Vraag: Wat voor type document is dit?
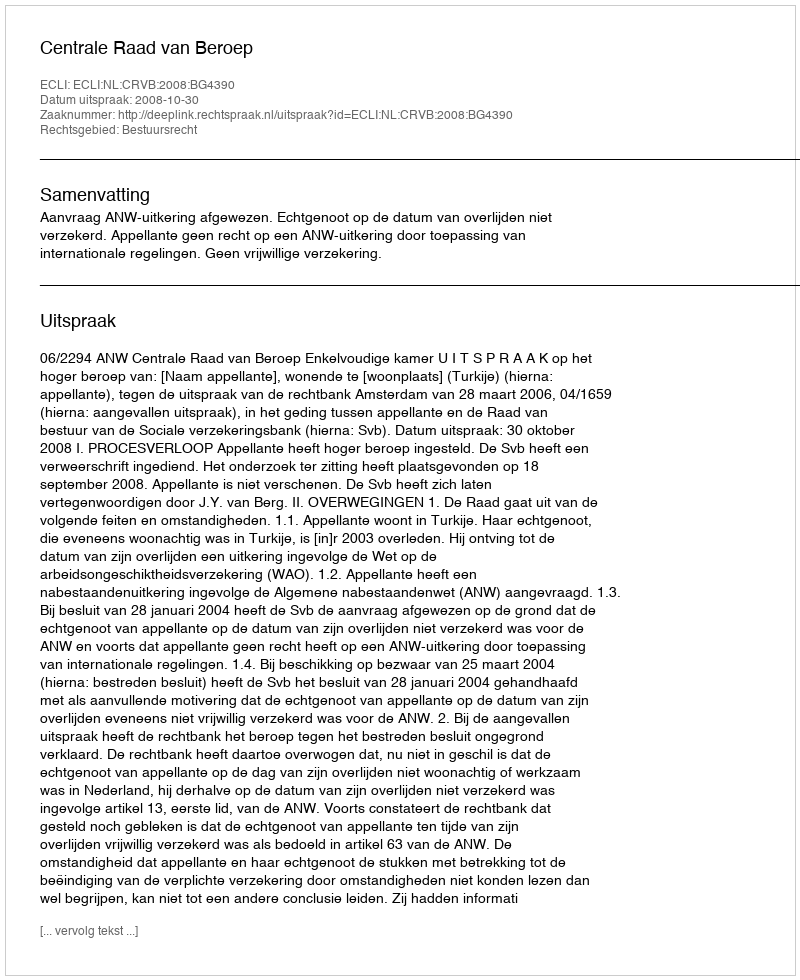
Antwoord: Uitspraak